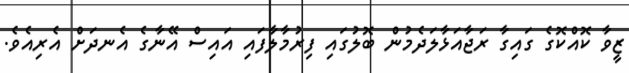
ޒީވާ ކޮއްކޮގެ ގައިގާ ރަޖާއަޅާލަދެމުން ބޮލުގައި ފިރުމާލާފައި އައިސް އޭނާގެ އެނދަށް އެރިއެވެ.